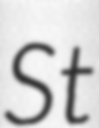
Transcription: St